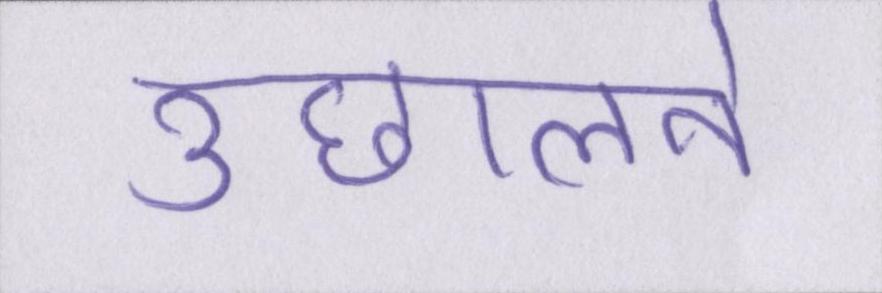
उछालने